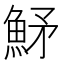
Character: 𩶒